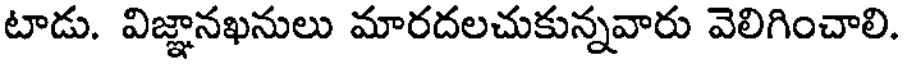
టాడు. విజ్ఞానఖనులు మారదలచుకున్నవారు వెలిగించాలి.